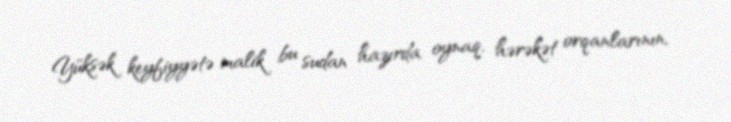
Yüksək keyfiyyətə malik bu sudan hazırda oynaq, hərəkət orqanlarının,